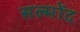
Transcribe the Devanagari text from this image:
सल्मोंद